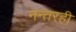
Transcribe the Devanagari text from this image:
नन्तरही